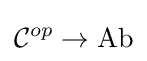
{\mathcal {C}}^{op}\rightarrow \mathrm {Ab}